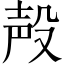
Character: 殸